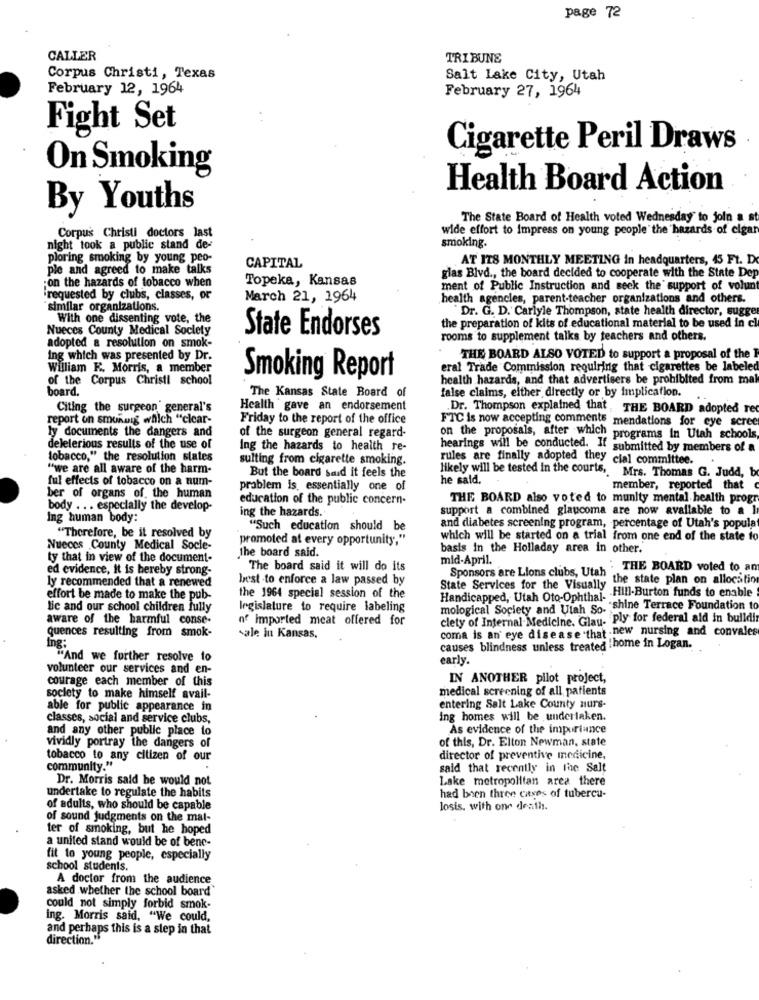
page 72
CALLER
TRIBUNE
Corpus Christi, Texas
Salt lake City, Utah
February 12, 1964
February 27, 1964
Fight Set
Cigarette Peril Draws
On Smoking
Health Board Action
By Youths
The State Board of Health voted Wednesday to join a st
wide effort to impress on young people" the hazards of cigar
Corpus Christi doctors last
smoking.
night took a public stand de-
ploring smoking by young peo-
AT ITS MONTHLY MEETING in headquarters, 45 Ft. D
ple and agreed to make talks
CAPITAL
;on the hazards of tobacco when
Topeka, Kansas
glas Blvd ., the board decided to cooperate with the State Dep
ment of Public Instruction and seek the support of volunt
requested by clubs, classes, or
March 21, 1964
health agencies, parent-teacher organizations and others.
similar organizations.
Dr. G. D. Carlyle Thompson, state health director, sugger
With one dissenting vote, the
Nueces County Medical Society
State Endorses
the preparation of kits of educational material to be used in cl
adopted a resolution on smok-
rooms to supplement talks by teachers and others.
ing which was presented by Dr.
THE BOARD ALSO VOTED to support a proposal of the
William F. Morris, a member
eral Trade Commission requiring that cigarettes be labeled
of the Corpus Christi school
Smoking Report
health hazards, and that advertisers be prohibited from mak
board.
false claims, either directly or by implicafion.
The Kansas State Board of
Citing the surgeon general's
Health gave an endorsement
.Dr. Thompson explained that , THE BOARD adopted rec
report on smuRuig which "clear-
Friday to the report of the office
ly documents the dangers and
FTC is now accepting comments mendations for eye scree
of the surgeon general regard-
on the proposals, after which programs In Utah schools
deleterious results of the use of
Ing the hazards to health re-
hearings will be conducted. If submitted by members of a
tobacco," the resolution states
sulting from cigarette smoking.
rules are finally adopted they cial committee.
"we are all aware of the harm-
ful effects of tobacco on a num-
But the board said it feels the
likely will be tested in the courts ,. Mrs. Thomas G. Judd, b
he said.
problem is, essentially one of
member, reported that
ber of organs of. the human
education of the public concern-
THE BOARD also voted to munity mental health progr
body .. . especially the develop-
ing the hazards.
support a combined glaucoma are now available to a l
Ing human body:
"Such education should be
and diabetes screening program, percentage of Utah's popula
"Therefore, be it resolved by
promoted at every opportunity,"
which will be started on a trial from one end of the state to
Nueces County Medical Socle-
basis in the Holladay area in other.
ty that in view of the document-
the board said.
mid-April.
ed evidence, it is hereby strong-
The board said it will do its
THE BOARD voted to an
ly recommended that a renewed
best -to enforce a law passed by
Sponsors are Lions clubs, Utah"
the state plan on allocation
State Services for the Visually
Handicapped, Utah Oto-Ophthal. Fill-Burton funds to enable
effort be made to make the pub-
the 1964 special session of the
lic and our school children fully
legislature to require labeling
mological Society and Utah So. ; shine Terrace Foundation t
aware of the harmful conse-
nf imported meat offered for
clety of Internal Medicine. Glau. Ply for federal ald in bulldi
coma is an' eye disease that new nursing and convales
quences resulting from smok-
sale in Kansas.
ing:
causes blindness unless treated home in Logan.
"And we further resolve to
early.
volunteer our services and en-
courage each member of this
IN ANOTHER pilot project,
medical screening of all patients
society to make himself avail-
able for public appearance in
entering Salt Lake County nurs-
classes, social and service clubs,
ing homes will be undertaken.
and any other public place to
As evidence of the importance
vividly portray the dangers of
of this, Dr. Elton Newman, state
tobacco to any citizen of our
director of preventive medicine,
community."
said that recently in the Salt
Dr. Morris said be would not
Lake metropolitan area there
undertake to regulate the habits
had been three cases of tubercu-
of adults, who should be capable
losis. with one death.
of sound judgments on the mal-
ter of smoking, but he hoped
a united stand would be of bene-
fit to young people, especially
school students.
A doctor from the audience
asked whether the school board'
could not simply forbid smok-
ing. Morris said, "We could,
and perhaps this is a step in that
direction."